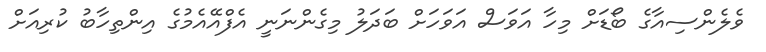
ވެލެންސިއާގެ ބޯޑަށް މިހާ އަވަސް އަވަހަށް ބަދަލު މިގެންނަނީ އެފްއޭއެމުގެ އިންތިހާބު ކުރިއަށް